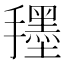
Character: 𭣀